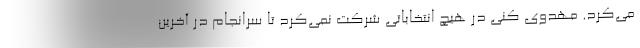
می‌کرد. مهدوی کنی در هیچ انتخاباتی شرکت نمی‌کرد تا سرانجام در آخرین